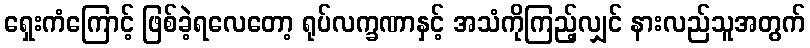
ရှေးကံကြောင့် ဖြစ်ခဲ့ရလေတော့ ရုပ်လက္ခဏာနှင့် အသံကိုကြည့်လျှင် နားလည်သူအတွက်